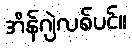
အိန်ဂျဲလစ်ပင်။